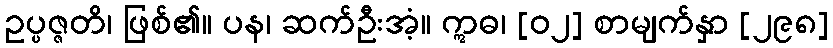
ဥပ္ပဇ္ဇတိ၊ ဖြစ်၏။ ပန၊ ဆက်ဦးအံ့။ ဣဓ၊ [၀၂] စာမျက်နှာ [၂၉၈]